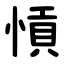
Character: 愩